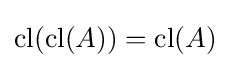
{\text{cl}}({\text{cl}}(A))={\text{cl}}(A)